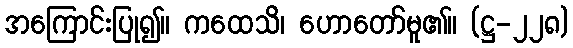
အကြောင်းပြု၍။ ကထေသိ၊ ဟောတော်မူ၏။ (ဋ္ဌ-၂၂၈)